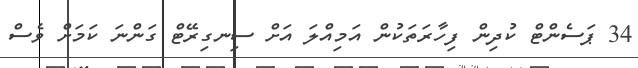
34 ޕަސެންޓް ކުދިން ފިހާރަތަކުން އަމިއްލަ އަށް ސިނގިރޭޓް ގަންނަ ކަމަށް ވެސް